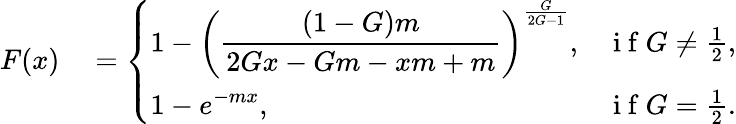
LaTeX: \begin{array}{rl}{F(x)}&{{}=\left\{ \begin{array}{ll}{\displaystyle 1-\left(\frac{(1-G)m}{2Gx-Gm-xm+m}\right)^{\frac{G}{2G-1}},}&{\mathrm{~i~f~}G\neq\frac{1}{2},}\\ {\displaystyle 1-e^{-mx},}&{\mathrm{~i~f~}G=\frac{1}{2}.}\end{array}\right.}\end{array}